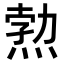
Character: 𭵉